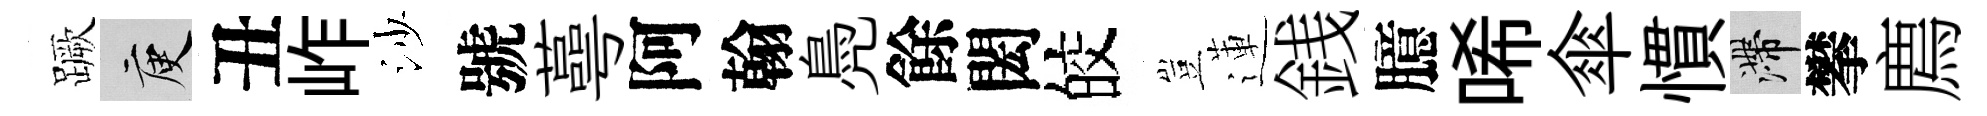
蹶庾丑岞沙號蕚阿翰鳧餘閎皎豈蓮銭臆唏傘慣滯攀廌